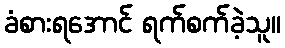
ခံစားရအောင် ရက်စက်ခဲ့သူ။